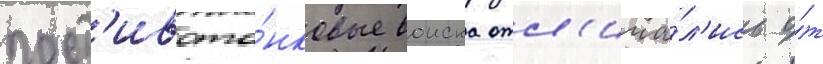
прот'ивота́нковые воиска отл'ича́л'ись о́т